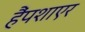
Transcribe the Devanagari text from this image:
हैंपशाएर